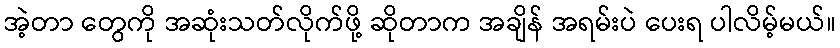
အဲ့တာ တွေကို အဆုံးသတ်လိုက်ဖို့ ဆိုတာက အချိန် အရမ်းပဲ ပေးရ ပါလိမ့်မယ်။